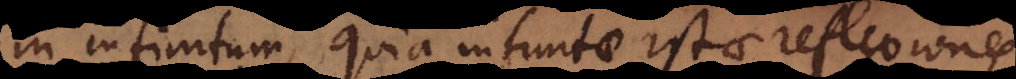
in infinitum, quia infinitae istae reflexiones